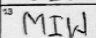
Transcription: MIW